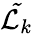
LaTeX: \mathcal{\tilde{L}}_{k}